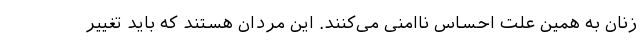
زنان به همین علت احساس ناامنی می‌کنند. این مردان هستند که باید تغییر